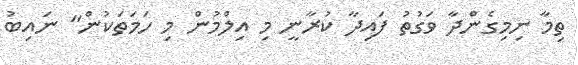
ތިމާ ނިމިގެންދާ ވަގުތު ފައިދާ ކުރާނީ މި އިލްމުން މި ހަމަތަކުން" ނައިބު